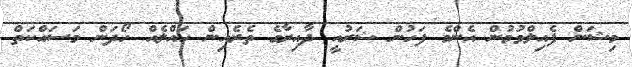
މިޝަން ފެއިލްވުމުން އެންމެ ފަހުން ޝަރުއީ ދާއިރާގެ ތެރެއިން ހައްލެއް ހޯދަން މަސައްކަތް